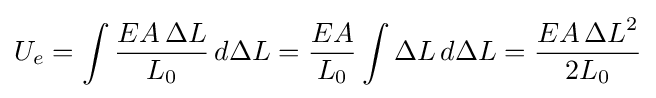
U_{e}=\int {\frac {EA\,\Delta L}{L_{0}}}\,d\Delta L={\frac {EA}{L_{0}}}\int \Delta L\,d\Delta L={\frac {EA\,{\Delta L}^{2}}{2L_{0}}}